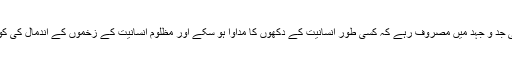
ان کے تمام دوست اسی جد و جہد میں مصروف رہے کہ کسی طور انسانیت کے دکھوں کا مداوا ہو سکے اور مظلوم انسانیت کے زخموں کے اندمال کی کوئی صورت نظر آئے۔